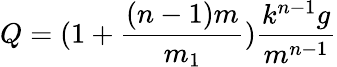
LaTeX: Q=(1+\frac{(n-1)m}{m_{1}})\frac{k^{n-1}g}{m^{n-1}}